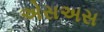
એસઅસ